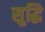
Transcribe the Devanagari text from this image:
सुद्धि